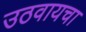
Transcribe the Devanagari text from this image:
उठवायचा